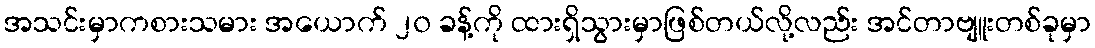
အသင်းမှာကစားသမား အယောက် ၂၀ ခန့်ကို ထားရှိသွားမှာဖြစ်တယ်လို့လည်း အင်တာဗျူးတစ်ခုမှာ